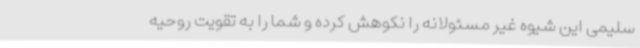
سلیمی این شیوه غیر مسئولانه را نکوهش کرده و شما را به تقویت روحیه